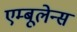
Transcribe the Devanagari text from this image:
एम्बूलेन्स